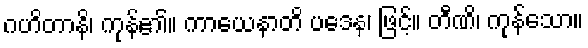
ဂဟိတာနိ၊ ကုန်၏။ ကာယေနာတိ ပဒေန၊ ဖြင့်။ တီဏိ၊ ကုန်သော။